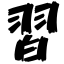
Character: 習